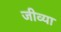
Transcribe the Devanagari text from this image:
जीव्या